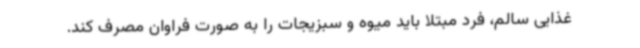
غذایی سالم، فرد مبتلا باید میوه و سبزیجات را به صورت فراوان مصرف کند.